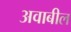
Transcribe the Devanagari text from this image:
अवाबील